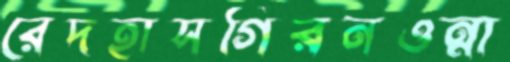
রেদহাসগিরনওন্না